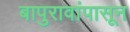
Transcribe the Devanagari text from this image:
बापुरावांपासून